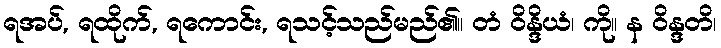
ရအပ်, ရထိုက်, ရကောင်း, ရသင့်သည်မည်၏။ တံ ဝိန္ဒိယံ၊ ကို။ န ဝိန္ဒတိ၊